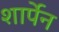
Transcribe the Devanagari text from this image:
शार्पेन